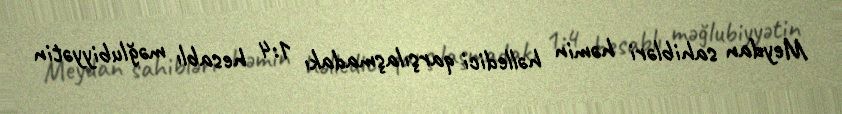
Meydan sahibləri həmin həlledici qarşılaşmadakı 1:4 hesablı məğlubiyyətin